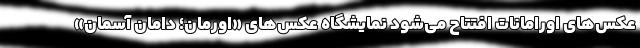
عکس‌های اورامانات افتتاح می‌شود نمایشگاه عکس‌های «اورمان؛ دامان آسمان»